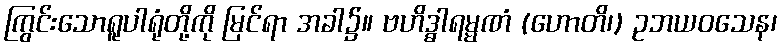
ကြွင်းသောရူပါရုံတို့ကို မြင်ရာ အခါ၌။ ဗဟိဒ္ဓါရမ္မဏံ (ဟောတိ၊) ဥဘယဝသေန၊